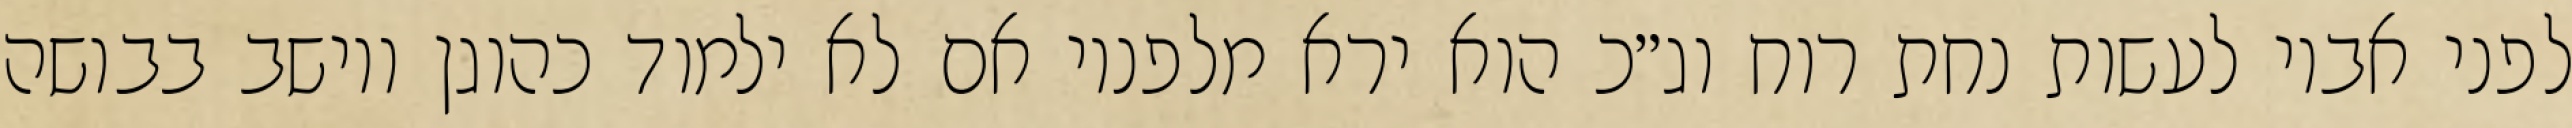
לפני אביו לעשות נחת רוח וג״כ הוא ירא מלפניו אם לא ילמוד כהוגן ויושב בבושה